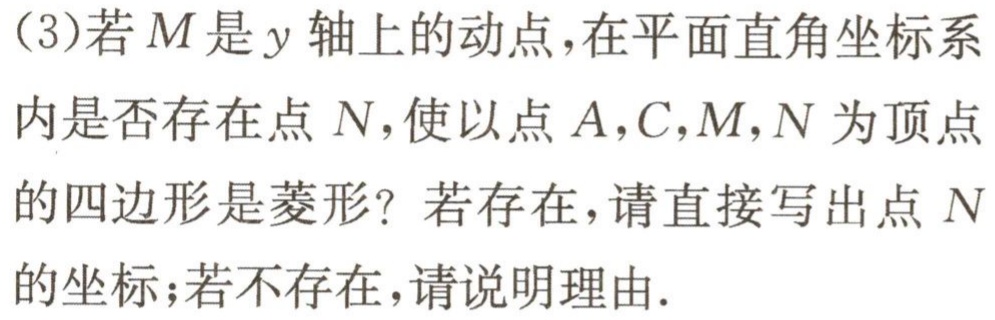
(3)若\(M\)是\(y\)轴上的动点，在平面直角坐标系内是否存在点 \(N\)，使以点\(A,C,M,N\)为顶点的四边形是菱形？若存在，请直接写出点 \(N\)的坐标；若不存在，请说明理由.